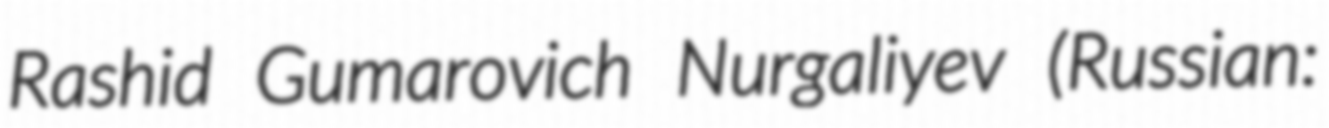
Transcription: Rashid Gumarovich Nurgaliyev (Russian: